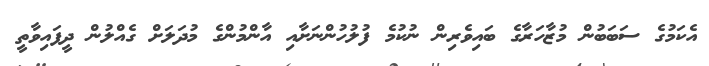
އެކަމުގެ ސަބަބުން މުޒާހަރާގެ ބައިވެރިން ނުކުމެ ފުލުހުންނަށާއި އާންމުންގެ މުދަލަށް ގެއްލުން ދީފައިވާތީ